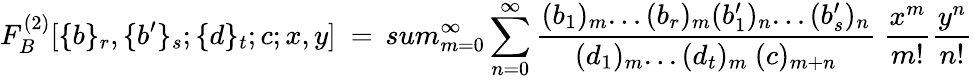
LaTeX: F_{B}^{(2)}[\{ b\} _{r},\{ b^{\prime}\} _{s};\{ d\} _{t};c;x,y]\ =\, sum_{m=0}^{\infty}\sum_{n=0}^{\infty}\frac{(b_{1})_{m}...(b_{r})_{m}(b_{1}^{\prime})_{n}...(b_{s}^{\prime})_{n}}{(d_{1})_{m}...(d_{t})_{m}\ (c)_{m+n}}\ \frac{x^{m}}{m!}\frac{y^{n}}{n!}